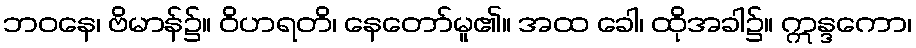
ဘဝနေ၊ ဗိမာန်၌။ ဝိဟရတိ၊ နေတော်မူ၏။ အထ ခေါ၊ ထိုအခါ၌။ ဣန္ဒကော၊